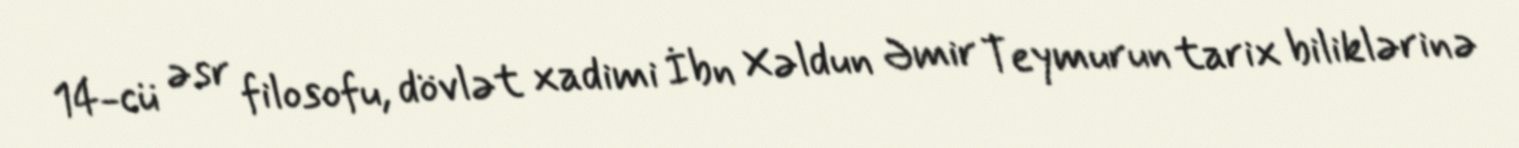
14-cü əsr filosofu, dövlət xadimi İbn Xəldun Əmir Teymurun tarix biliklərinə